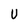
Character: U